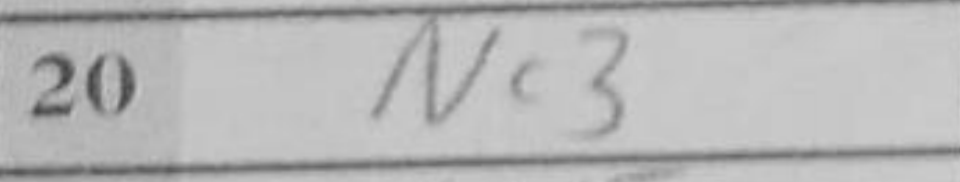
Transcription: Nc3